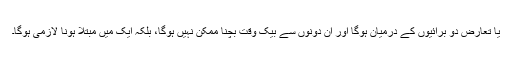
یا تعارض دو برائیوں کے درمیان ہوگا اور ان دونوں سے بیک وقت بچنا ممکن نہیں ہوگا، بلکہ ایک میں مبتلا ہونا لازمی ہوگا۔